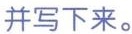
并写下来.。